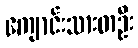
ကျောင်းသားတဦး